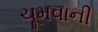
ચૂમવાની